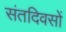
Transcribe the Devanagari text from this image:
संतदिवसों